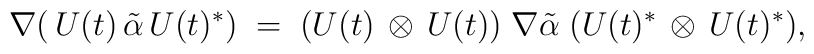
\nabla\bigl(\,U(t)\,\tilde\alpha\,U(t)^*\bigr)\;=\;\bigl(U(t)\,\otimes\,U(t)\bigr)\;\nabla\tilde\alpha\;\bigl(U(t)^*\,\otimes\,U(t)^* \bigr),